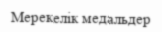
Мерекелік медальдер